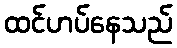
ထင်ဟပ်နေသည်